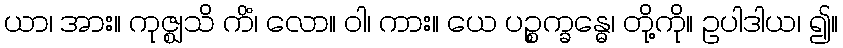
ယာ၊ အား။ ကုဇ္ဈသိ ကိံ၊ လော။ ဝါ၊ ကား။ ယေ ပဉ္စက္ခန္ဓေ၊ တို့ကို။ ဥပါဒါယ၊ ၍။